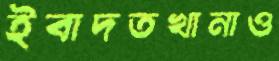
ইবাদতখানাও